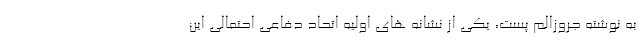
به نوشته جروزالم پست، یکی از نشانه های اولیه اتحاد دفاعی احتمالی این